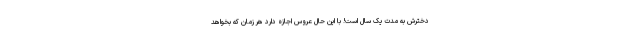
دخترش به مدت یک سال است! با این حال عروس اجازه دارد هر زمان که بخواهد